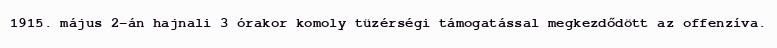
1915. május 2-án hajnali 3 órakor komoly tüzérségi támogatással megkezdődött az offenzíva.